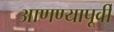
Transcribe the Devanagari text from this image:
आणण्यापूर्वी